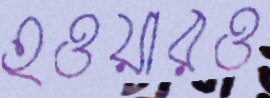
হওয়ারও